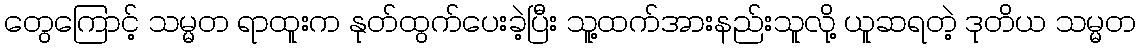
တွေကြောင့် သမ္မတ ရာထူးက နုတ်ထွက်ပေးခဲ့ပြီး သူ့ထက်အားနည်းသူလို့ ယူဆရတဲ့ ဒုတိယ သမ္မတ